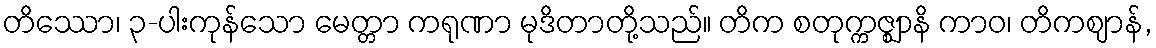
တိဿော၊ ၃-ပါးကုန်သော မေတ္တာ ကရုဏာ မုဒိတာတို့သည်။ တိက စတုက္ကဇ္ဈာနိ ကာဝ၊ တိကဈာန်,